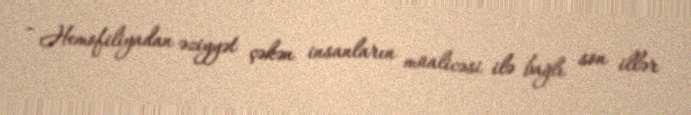
- Hemofiliyadan əziyyət çəkən insanların müalicəsi ilə bağlı son illər